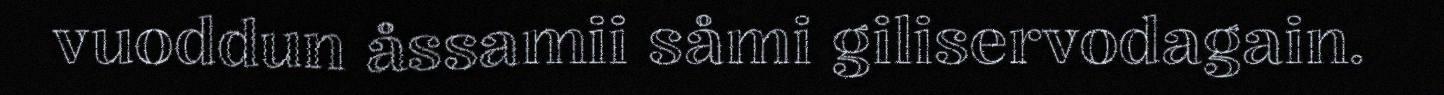
vuoddun åssamii såmi giliservodagain.